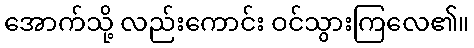
အောက်သို့ လည်းကောင်း ဝင်သွားကြလေ၏။